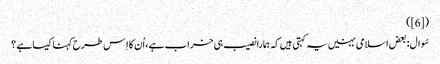
([6])
سُوال : بعض اسلامی بہنیں یہ کہتی ہیں کہ ہمارا نصیب ہی خراب ہے ، اُن کا اِس طرح کہنا کیسا ہے ؟